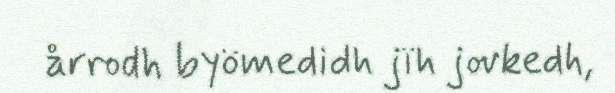
årrodh byömedidh jïh jovkedh,